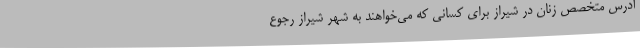
آدرس متخصص زنان در شیراز برای کسانی که می‌خواهند به شهر شیراز رجوع